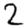
Digit: 2